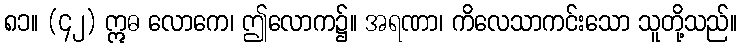
၈၁။ (၄၂) ဣဓ လောကေ၊ ဤလောက၌။ အရဏာ၊ ကိလေသာကင်းသော သူတို့သည်။